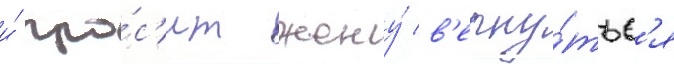
и́ про́с'ит жену́ в'ерну́тьс'я